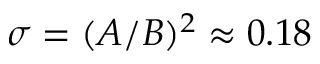
\sigma = ( A / B ) ^ { 2 } \approx 0 . 1 8